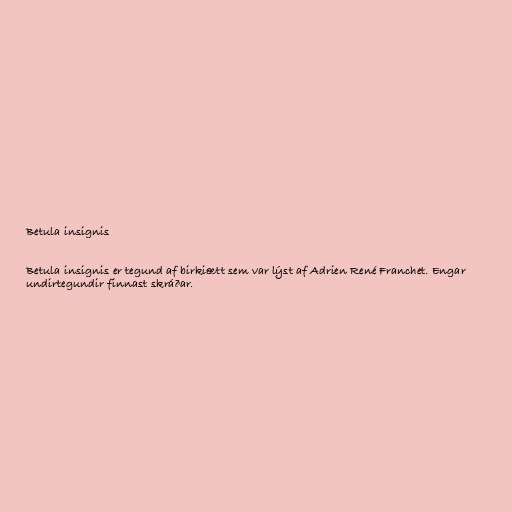
Betula insignis

Betula insignis er tegund af birkiætt sem var lýst af Adrien René Franchet. Engar
undirtegundir finnast skráðar.